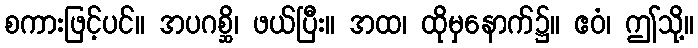
စကားဖြင့်ပင်။ အပဂစ္ဆိ၊ ဖယ်ပြီး။ အထ၊ ထိုမှနောက်၌။ ဧဝံ၊ ဤသို့။